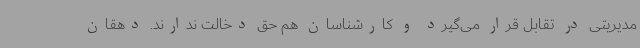
مدیریتی در تقابل قرار می‌گیرد و کارشناسان هم حق دخالت ندارند. دهقان